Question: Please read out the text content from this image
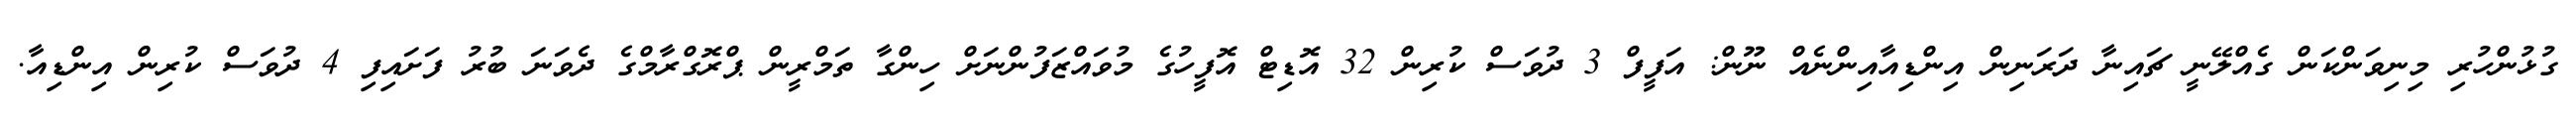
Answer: ގުޅުންހުރި މިނިވަންކަން ގެއްލޭނީ ޗައިނާ ދަރަނިން އިންޑިއާއިންނެއް ނޫން: އަފީފް 3 ދުވަސް ކުރިން 32 އޮޑިޓް އޮފީހުގެ މުވައްޒަފުންނަށް ހިންގާ ތަމްރީން ޕްރޮގްރާމްގެ ދެވަނަ ބުރު ފަށައިފި 4 ދުވަސް ކުރިން އިންޑިއާ.